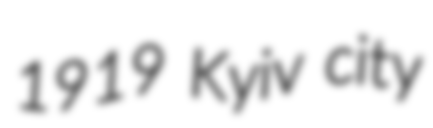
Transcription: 1919 Kyiv city